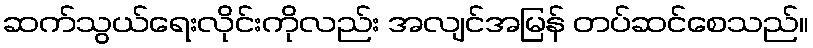
ဆက်သွယ်ရေးလိုင်းကိုလည်း အလျင်အမြန် တပ်ဆင်စေသည်။